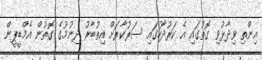
އިންތި ވިދާޅުވި ގޮތުގައި އެ ކަރުދާހުގައި ސަރުކާރަށް އިތުބާރު ދިނުމުގެ ގޮތުން އެމްޑީޕީން